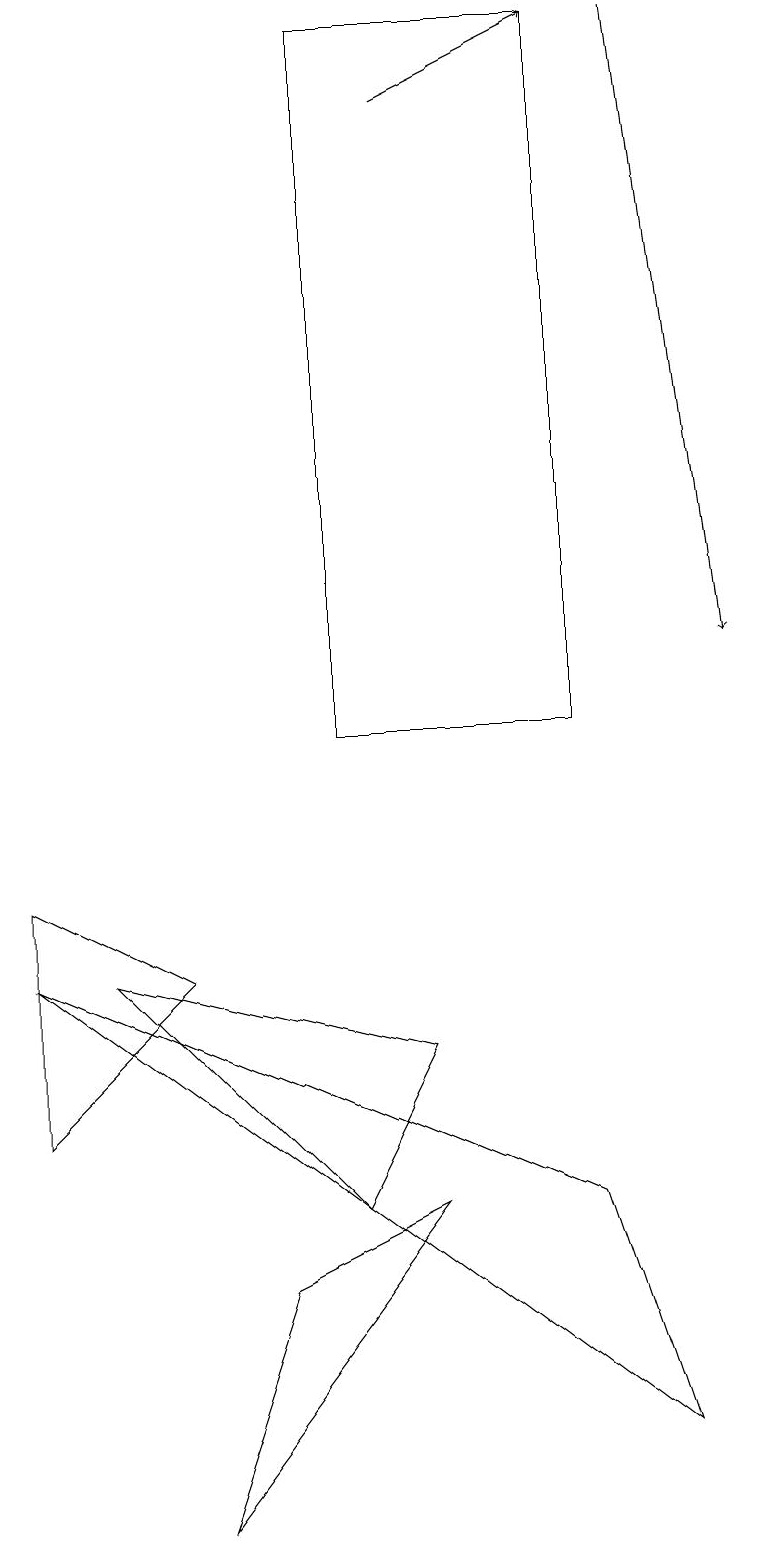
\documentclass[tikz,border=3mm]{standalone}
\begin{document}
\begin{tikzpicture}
\draw (8,1) -- (0,7) -- (7,4) -- cycle;
\draw (4,19) rectangle (7,10);
\draw (2,7) -- (0,8) -- (0,5) -- cycle;
\draw[->] (5,18) -- (7,19);
\draw[->] (8,19) -- (9,11);
\draw (5,4) -- (3,3) -- (2,0) -- cycle;
\draw (1,7) -- (4,4) -- (5,6) -- cycle;
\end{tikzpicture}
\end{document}